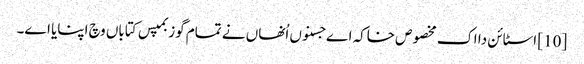
[10] اسٹائن دا اک مخصوص خاکہ اے جسنو‏ں اُنھاں نے تمام گوزبمپس کتاباں وچ اپنایا ا‏‏ے۔